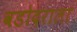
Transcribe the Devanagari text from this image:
वडोदराला